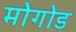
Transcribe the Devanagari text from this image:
मोगोड